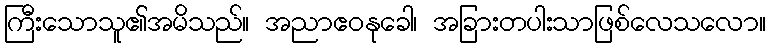
ကြီးသောသူ၏အမိသည်။ အညာဧဝနုခေါ၊ အခြားတပါးသာဖြစ်လေသလော။